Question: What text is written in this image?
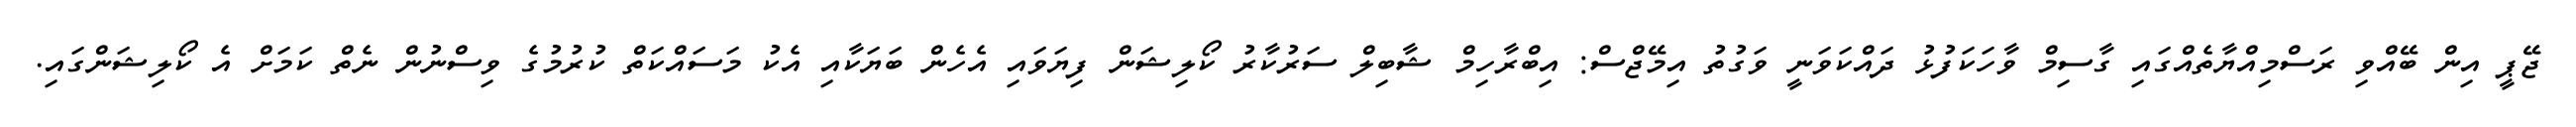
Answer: ޖޭޕީ އިން ބޭއްވި ރަސްމިއްޔާތެއްގައި ގާސިމް ވާހަކަފުޅު ދައްކަވަނީ ވަގުތު އިމޭޖްސް: އިބްރާހިމް ޝާބިލް ސަރުކާރު ކޯލިޝަން ފިޔަވައި އެހެން ބަޔަކާއި އެކު މަސައްކަތް ކުރުމުގެ ވިސްނުން ނެތް ކަމަށް އެ ކޯލިޝަންގައި.